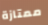
ممتازة